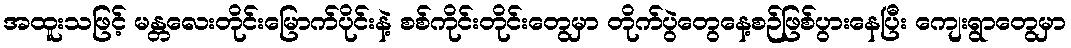
အထူးသဖြင့် မန္တလေးတိုင်းမြောက်ပိုင်းနဲ့ စစ်ကိုင်းတိုင်းတွေမှာ တိုက်ပွဲတွေနေ့စဉ်ဖြစ်ပွားနေပြီး ကျေးရွာတွေမှာ